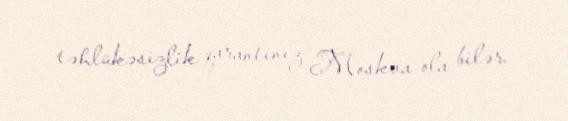
təhlükəsizlik qarantınız Moskva ola bilər.